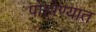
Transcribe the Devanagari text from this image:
पोहोण्यात